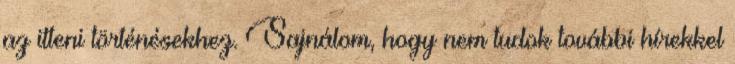
az itteni történésekhez. Sajnálom, hogy nem tudok további hírekkel